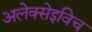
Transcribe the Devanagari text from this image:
अलेक्सेइविच